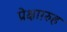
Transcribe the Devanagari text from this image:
प्रेक्षाग़्रुह